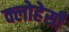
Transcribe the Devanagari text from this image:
क्लोहेसी